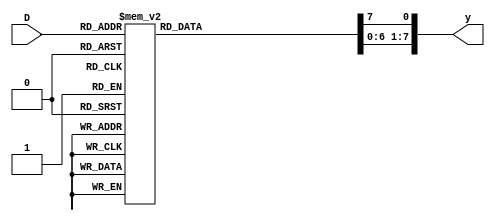
module bi_decoder(
  input [2:0] D,
  output reg [7:0] y);
  always@(D) begin
    y = 0;
    case(D)
      3'b000: y[0] = 1'b1;
      3'b001: y[1] = 1'b1;
      3'b010: y[2] = 1'b1;
      3'b011: y[3] = 1'b1;
      3'b100: y[4] = 1'b1;
      3'b101: y[5] = 1'b1;
      3'b110: y[6] = 1'b1;
      3'b111: y[7] = 1'b1;
      default: y = 0;
    endcase
  end
endmodule